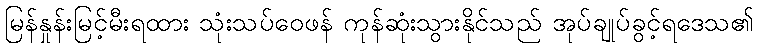
မြန်နှုန်းမြင့်မီးရထား သုံးသပ်ဝေဖန် ကုန်ဆုံးသွားနိုင်သည် အုပ်ချုပ်ခွင့်ရဒေသ၏